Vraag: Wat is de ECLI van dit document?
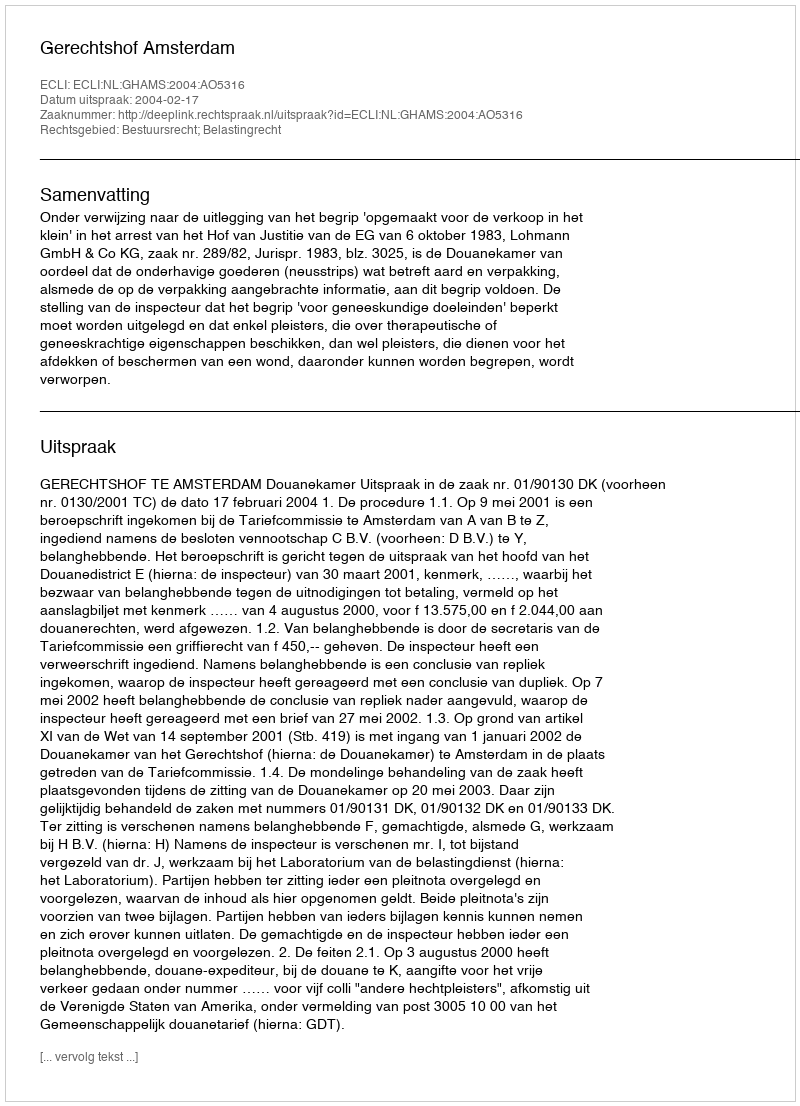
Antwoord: ECLI:NL:GHAMS:2004:AO5316